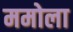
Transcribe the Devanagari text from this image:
ममोला